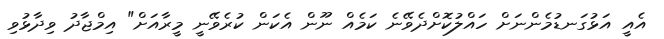
އެއީ އަޅުގަނޑުމެންނަށް ހައްލުކޮށްދެވޭނެ ކަމެއް ނޫން އެކަން ކުރެވޭނީ މީރާއަށް" އިމްޖާދު ވިދާޅުވި